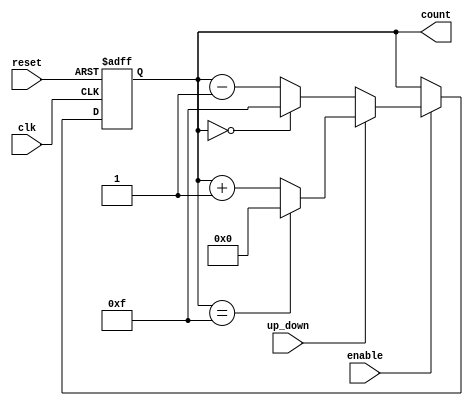
module chained_parallel_counter (
    input wire clk,           // Clock input
    input wire reset,         // Asynchronous reset
    input wire enable,        // Enable input
    input wire up_down,       // Count direction: 1 for up, 0 for down
    output reg [3:0] count    // 4-bit count output
);

// Chained Configuration
// This approach uses a direct implementation with separate flip-flops
always @(posedge clk or posedge reset) begin
    if (reset)
        count <= 4'b0000; // Asynchronous reset
    else if (enable) begin
        if (up_down) begin
            // Count up
            case (count)
                4'b1111: count <= 4'b0000; // Wrap around
                default: count <= count + 1;
            endcase
        end else begin
            // Count down
            case (count)
                4'b0000: count <= 4'b1111; // Wrap around
                default: count <= count - 1;
            endcase
        end
    end
end

endmodule